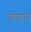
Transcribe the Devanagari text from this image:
सेदान